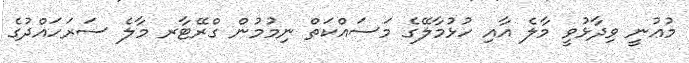
މުޢުނީ ވިދާޅުވީ މާލެ އާއި ހުޅުމާލޭގެ މަސައްކަތް ނިމުމުން ގްރޭޓާރ މާލެ ސަރަހައްދުގެ